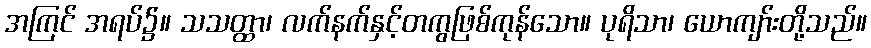
အကြင် အရပ်၌။ သသတ္ထာ၊ လက်နက်နှင့်တကွဖြစ်ကုန်သော။ ပုရိသာ၊ ယောကျာ်းတို့သည်။